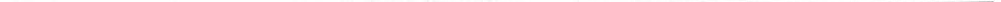
___